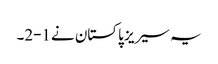
یہ سیریز پاکستان نے1-2۔